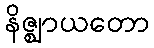
နိဇ္ဈာယတော